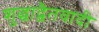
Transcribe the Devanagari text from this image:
शुद्धाद्वैतवादी